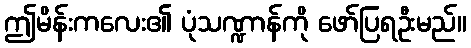
ဤမိန်းကလေး၏ ပုံသဏ္ဍာန်ကို ဖော်ပြရဦးမည်။